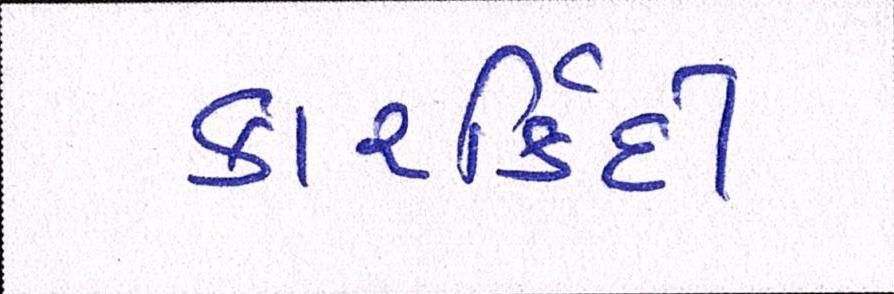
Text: કારર્કિદી